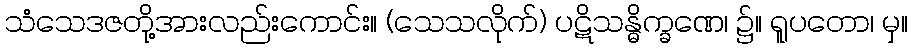
သံသေဒဇတို့အားလည်းကောင်း။ (သေသလိုက်) ပဋိသန္ဓိက္ခဏေ၊ ၌။ ရူပတော၊ မှ။